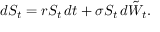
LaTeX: d S _ { t } = r S _ { t } \, d t + \sigma S _ { t } \, d { \tilde { W } } _ { t } .